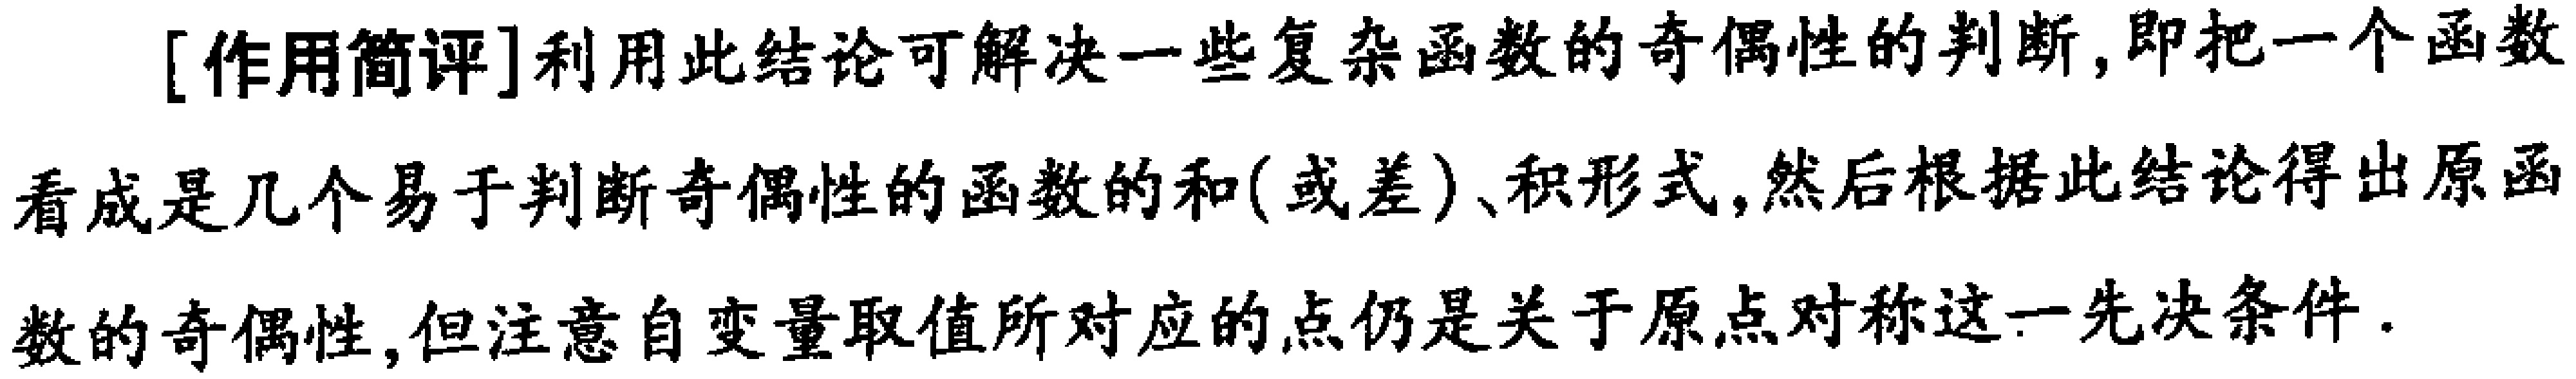
[作用简评]利用此结论可解决一些复杂函数的奇偶性的判断,即把一个函数看成是几个易于判断奇偶性的函数的和(或差)、积形式,然后根据此结论得出原函数的奇偶性,但注意自变量取值所对应的点仍是关于原点对称这一先决条件.